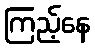
ကြည့်နေ